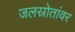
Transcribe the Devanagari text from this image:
जलस्रोतांवर